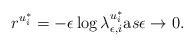
LaTeX: \begin{align*} r^{u_i^{\ast}} = - \epsilon \log \lambda_{\epsilon, i}^{u_i^{\ast}} {\text as} \epsilon \rightarrow 0. \end{align*}